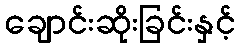
ချောင်းဆိုးခြင်းနှင့်